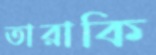
তারাকি